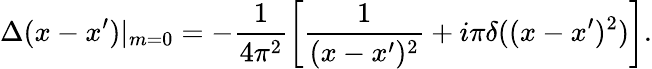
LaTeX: \Delta(x-x^{\prime})|_{m=0}=-\frac{1}{4\pi^{2}}\left[\frac{1}{(x-x^{\prime})^{2}}+i\pi\delta((x-x^{\prime})^{2})\right].